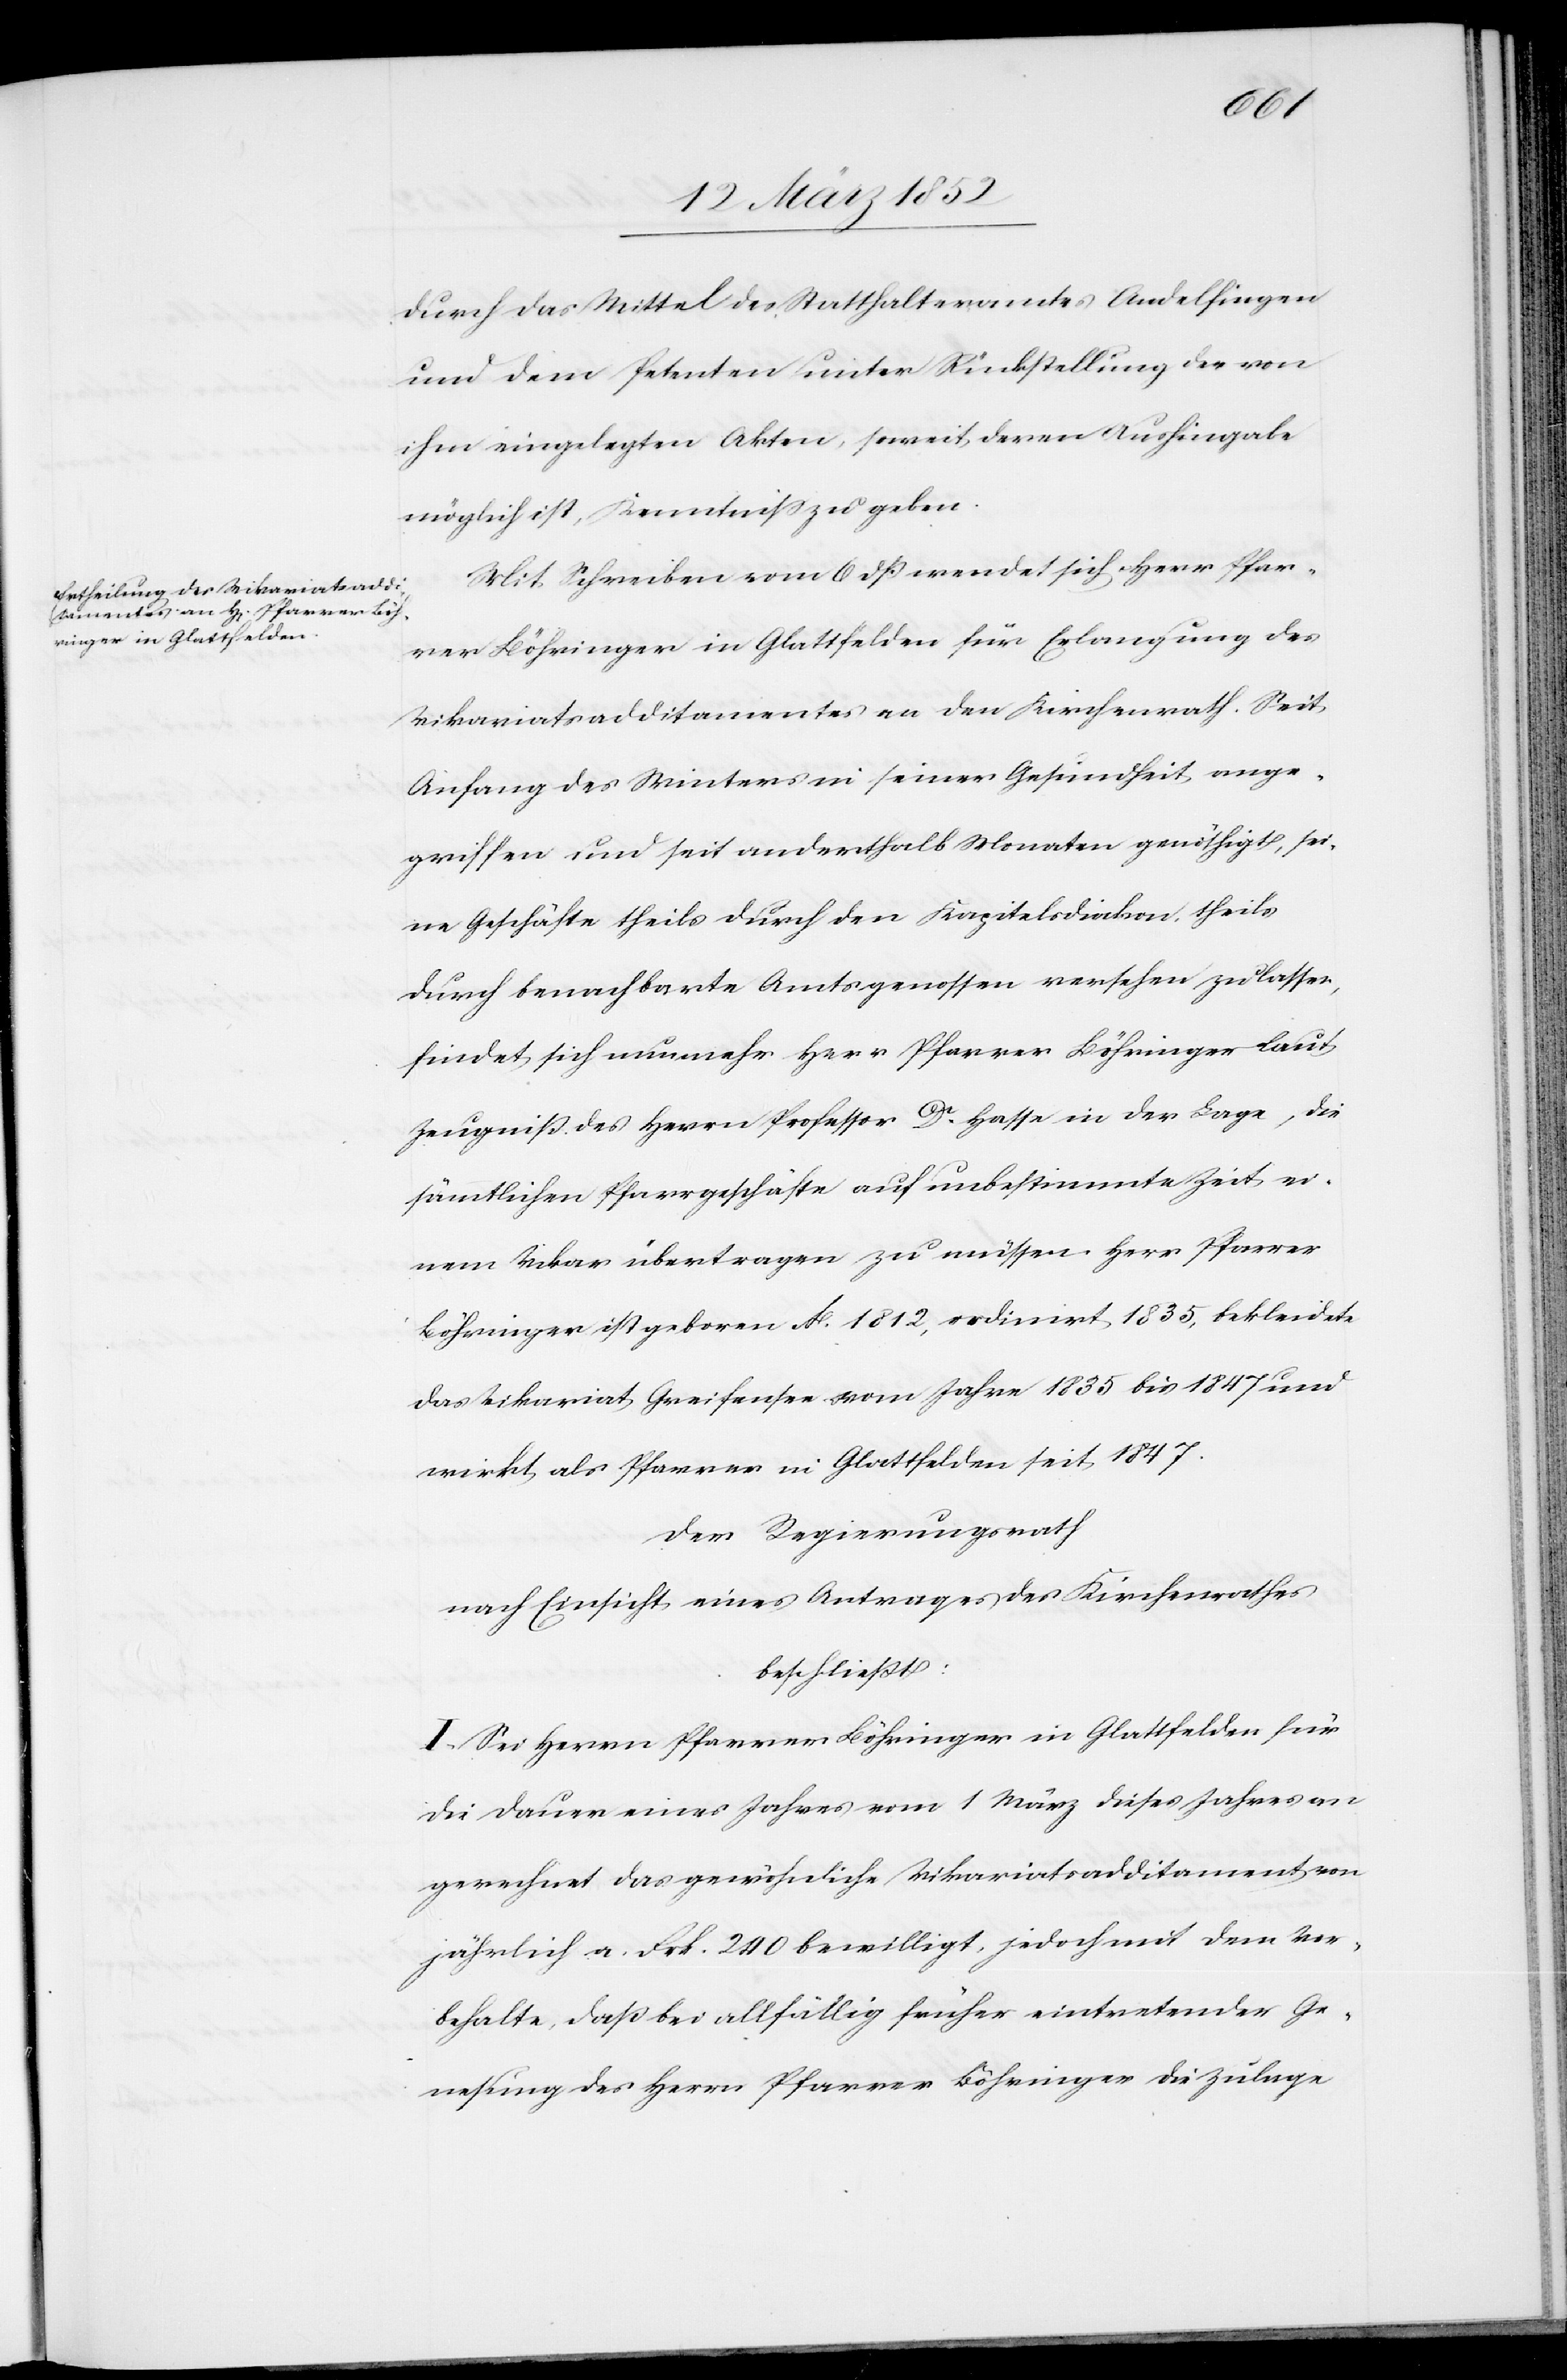
durch das Mittel des Statthalteramtes Andelfingen
und dem Petenten unter Rückstellung der von
ihm eingelegten Akten, soweit deren Aushingabe
möglich ist, Kenntniß zu geben.
Mit Schreiben vom 6 dß wendet sich Herr Pfar¬
rer Böhringer in Glattfelden für Erlangung des
Vikariatsadditamentes an den Kirchenrath. Seit
Anfang des Winters in seiner Gesundheit ange¬
griffen und seit anderthalb Monaten genöthigt, sei¬
ne Geschäfte theils durch den Kapitelsdiakon, theils
durch benachbarte Amtsgenossen versehen zu lassen,
findet sich nunmehr Herr Pfarrer Böhringer laut
Zeugniß des Herrn Professor Dr Hasse in der Lage, die
sämtlichen Pfarrgeschäfte auf unbestimmte Zeit ei¬
nem Vikar übertragen zu müssen. Herr Pfarrer
Böhringer ist geboren Ao. 1812, ordinirt 1835, bekleidete
das Vikariat Greifensee vom Jahre 1835 bis 1847 und
wirkt als Pfarrer in Glattfelden seit 1847.
Der Regierungsrath
nach Einsicht eines Antrages des Kirchenrathes
beschließt:
I. Sei Herrn Pfarrer Böhringer in Glattfelden für
die Dauer eines Jahres vom 1 März dieses Jahres an
gerechnet das gewöhnliche Vikariatsadditament von
jährlich a. Frk. 240 bewilligt, jedoch mit dem Vor¬
behalte, daß bei allfällig früher eintretender Ge¬
nesung des Herrn Pfarrer Böhringer die Zulage